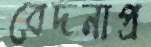
বেদনাপ্র